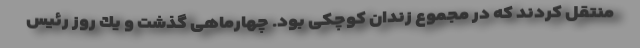
منتقل كردند كه در مجموع زندان كوچكی بود. چهارماهی گذشت و یك روز رئیس